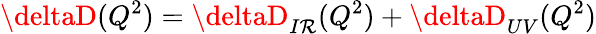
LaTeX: \deltaD(Q^{2})=\deltaD_{I\mathcal{R}}(Q^{2})+\deltaD_{UV}(Q^{2})